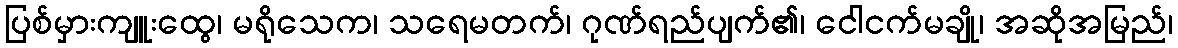
ပြစ်မှားကျူးထွေ၊ မရိုသေက၊ သရေမတက်၊ ဂုဏ်ရည်ပျက်၏၊ ငေါငက်မချို၊ အဆိုအမြည်၊